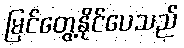
မြင်တွေ့နိုင်ပေသည်